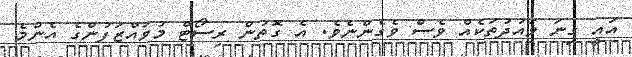
އައީ ގިނަ ވައުދުތަކެއް ވެސް ވެގެންނެވެ. އެ ގޮތުން ރިސޯޓް މުވައްޒަފުންގެ އެންމެ